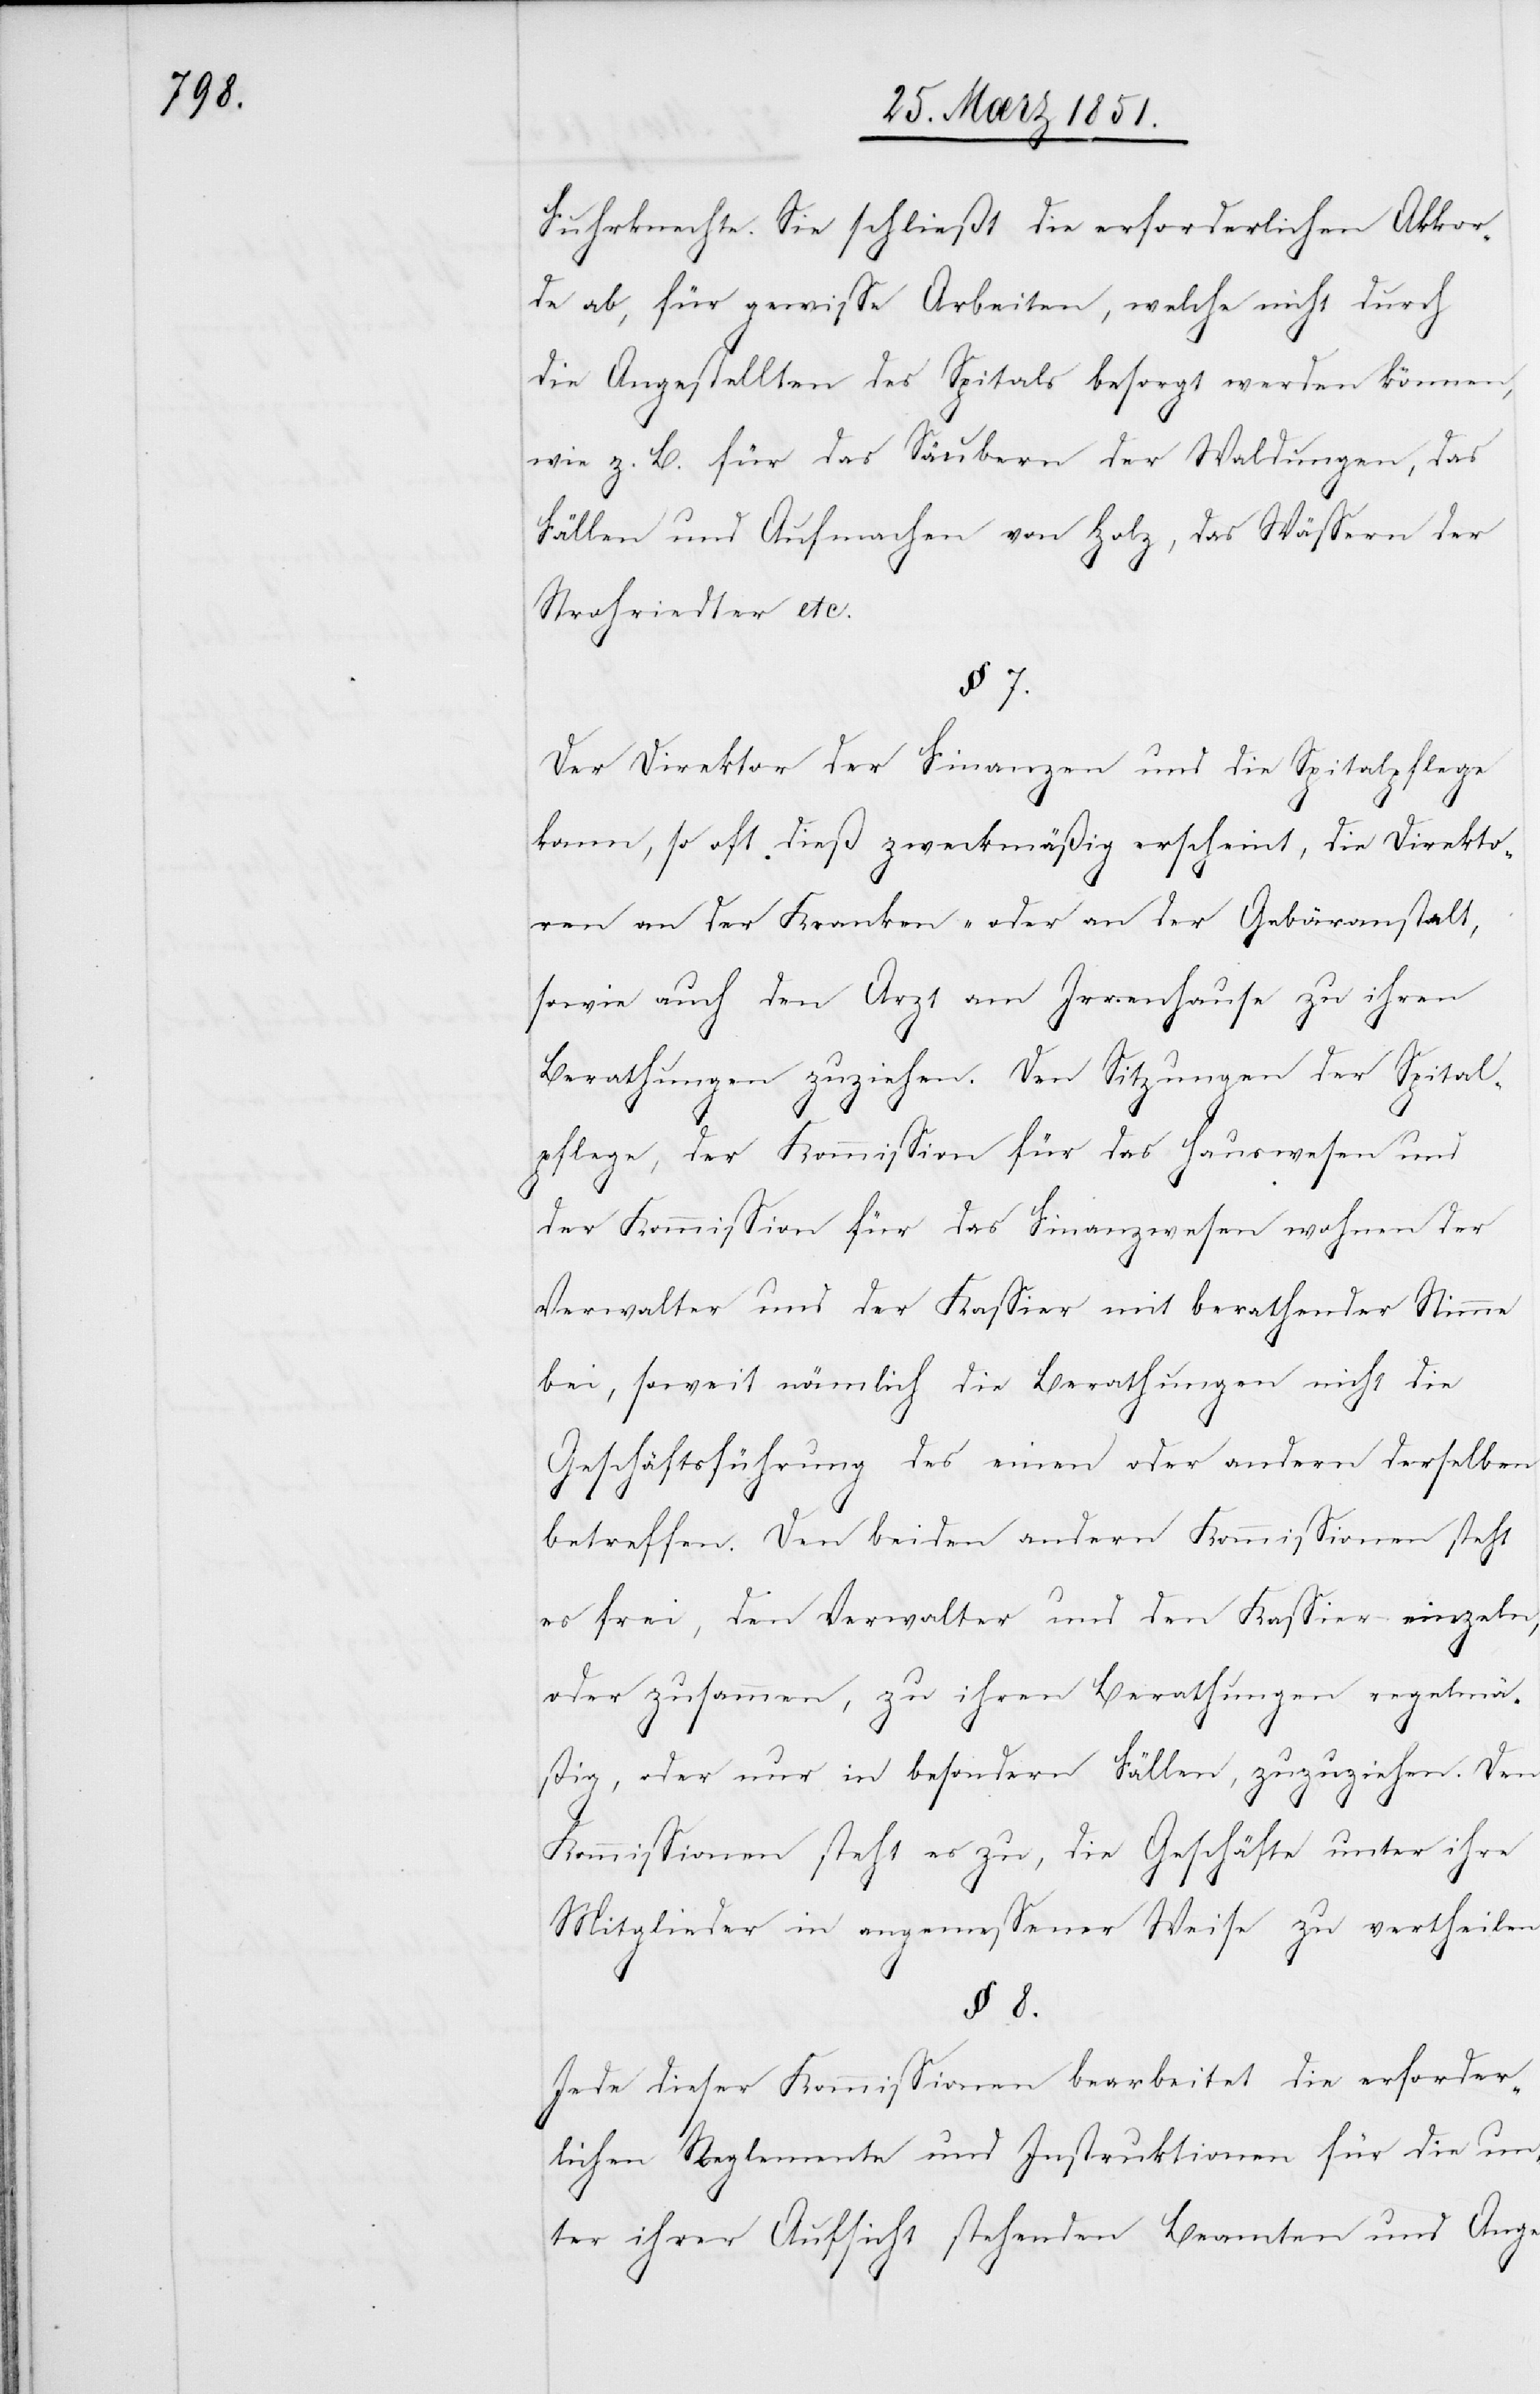
Fuhrknechte. Sie schließt die erforderlichen Akkor¬
de ab, für gewisse Arbeiten, welche nicht durch
die Angestellten des Spitals besorgt werden können,
wie z. B. für das Säubern der Waldungen, das
Fällen und Aufmachen von Holz, das Wässern der
Strohriedter etc.
§ 7.
Der Direktor der Finanzen und die Spitalpflege
kann, so oft dieß zweckmäßig erscheint, die Direkto¬
ren an der Kranken- oder an der Gebäranstalt,
sowie auch den Arzt am Irrenhause zu ihren
Berathungen zuziehen. Den Sitzungen der Spital¬
pflege, der Kommission für das Hauswesen und
der Kommission für das Finanzwesen wohnen der
Verwalter und der Kassier mit berathender Stimme
bei, soweit nämlich die Berathungen nicht die
Geschäftsführung des einen oder andern derselben
betreffen. Den beiden andern Kommissionen steht
es frei, den Verwalter und den Kassier einzeln,
oder zusammen, zu ihren Berathungen regelmä¬
ßig, oder nur in besondern Fällen, zuzuziehen. Den
Kommissionen steht es zu, die Geschäfte unter ihre
Mitglieder in angemessener Weise zu vertheilen.
§ 8.
Jede dieser Kommissionen bearbeitet die erforder¬
lichen Reglemente und Instruktionen für die un¬
ter ihrer Aufsicht stehenden Beamten und Ange-